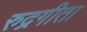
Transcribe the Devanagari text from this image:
रुद्रगीता